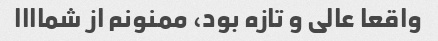
واقعا عالی و تازه بود، ممنونم از شماااا